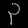
Digit: ၃